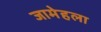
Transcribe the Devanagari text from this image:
जामेहला